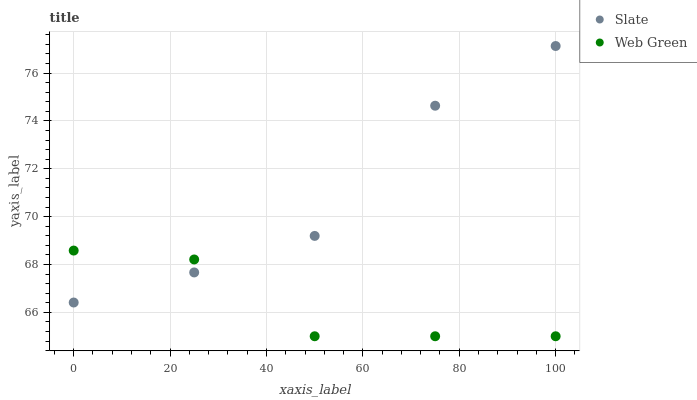
| xaxis_label | Slate | Web Green |
 | --- | --- | --- |
 | 0 | 66.4 | 68.6 |
 | 25 | 67.7 | 68.2 |
 | 50 | 69.2 | 65 |
 | 75 | 74.6 | 65 |
 | 100 | 77.1 | 65 |